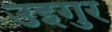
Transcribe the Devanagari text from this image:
उइगुर